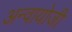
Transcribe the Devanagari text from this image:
अन्वायोजी